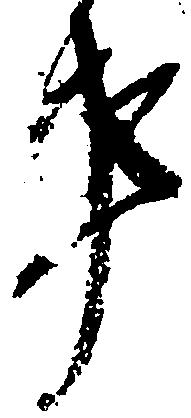
事